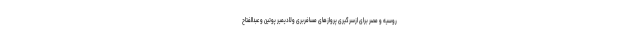
روسیه و مصر برای ازسرگیری پروازهای مسافربری ولادیمیر پوتین و عبدالفتاح